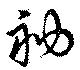
衲